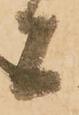
者